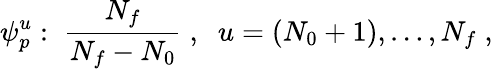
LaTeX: \psi_{p}^{u}:\; \frac{N_{f}}{N_{f}-N_{0}}\; ,\; \; u=(N_{0}+1),\dots,N_{f}\; ,